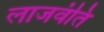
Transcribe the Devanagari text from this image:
लाजवंति